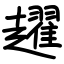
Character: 趯